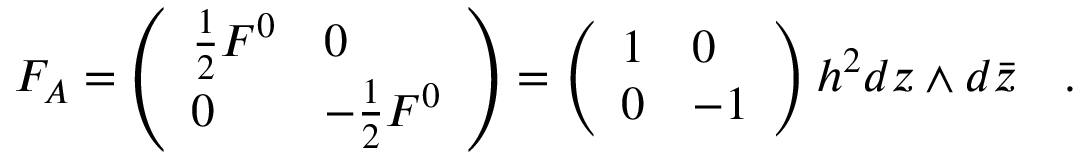
F _ { A } = \left( \begin{array} { l l } { { { \frac { 1 } { 2 } } F ^ { 0 } } } & { { 0 } } \\ { { 0 } } & { { - { \frac { 1 } { 2 } } F ^ { 0 } } } \end{array} \right) = \left( \begin{array} { l l } { { 1 } } & { { 0 } } \\ { { 0 } } & { { - 1 } } \end{array} \right) h ^ { 2 } d z \wedge d { \bar { z } } \quad .